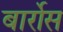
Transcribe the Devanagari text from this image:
बार्रोस